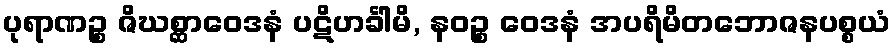
ပုရာဏဉ္စ ဇိဃစ္ဆာဝေဒနံ ပဋိဟင်္ခါမိ, နဝဉ္စ ဝေဒနံ အပရိမိတဘောဇနပစ္စယံ